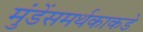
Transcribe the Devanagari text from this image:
मुंडेंसमर्थकाकडे